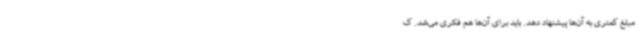
مبلغ کمتری به آن‌ها پیشنهاد دهد. باید برای آن‌ها هم فکری می‌شد. ک